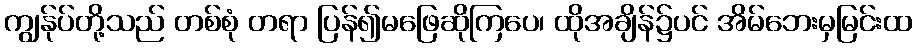
ကျွန်ုပ်တို့သည် တစ်စုံ တရာ ပြန်၍မဖြေဆိုကြပေ၊ ထိုအချိန်၌ပင် အိမ်ဘေးမှမြင်းထ